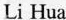
Li Hua